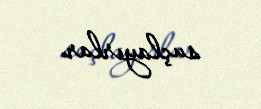
suçlayırlar.